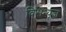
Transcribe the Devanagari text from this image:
विसन्यूज़